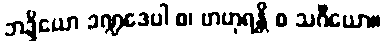
ဘဒ္ဒိယော ခဏ္ဍဒေပါ စ၊ ဗာဟုရန္တိ စ သင်္ဂိယော။